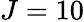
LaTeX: J=10